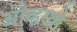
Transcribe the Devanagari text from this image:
ओव्हरथ्रो